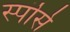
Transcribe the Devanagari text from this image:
स्पॊर्स